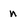
Character: n